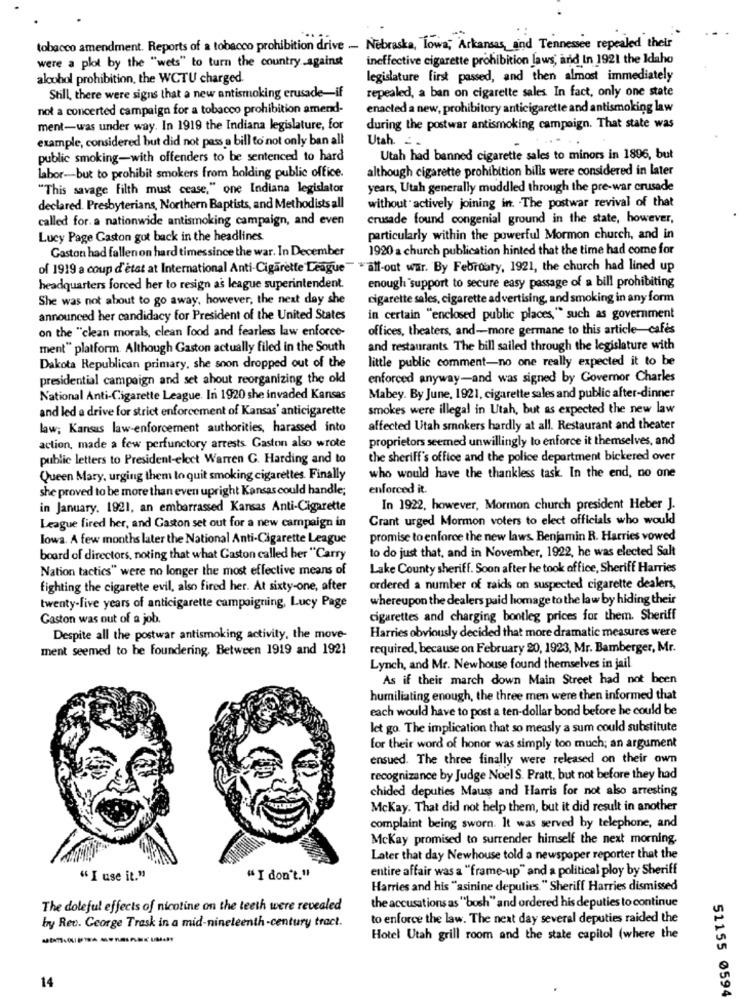
tobacco amendment. Reports of a tobacco prohibition drive - Nebraska, Towa; Arkansas, and Tennessee repealed their
ineffective cigarette prohibition laws, and In 1921 the Idaho
were a plot by the "wets" to turn the country against
alcohol prohibition, the WCTU charged.
legislature first passed, and then almost immediately
repealed, a ban on cigarette sales In fact, only one state
Still, there were signs that a new antismoking crusade-if
not a concerted campaign for a tobacco prohibition amend-
enacted a new, prohibitory anticigarette and antismoking law
ment-was under way. In 1919 the Indiana legislature, for
during the postwar antismoking campaign. That state was
example, considered but did not pass a bill to not only ban all
Utah. ..
public smoking-with offenders to be sentenced to hard
Utah had banned cigarette sales to minors in 1896, but
although cigarette prohibition bills were considered in later
labor-but to prohibit smokers from holding public office.
"This savage filth must cease," one Indiana legislator
years, Utah generally muddled through the pre-war crusade
without actively joining in. The postwar revival of that
declared. Presbyterians, Northern Baptists, and Methodists all
called for. a nationwide antismoking campaign, and even
crusade found congenial ground in the state, however,
Lucy Page Gaston got back in the headlines
particularly within the powerful Mormon church, and in
Gaston had fallen on hard times since the war. In December
1920 a church publication hinted that the time had come for
of 1919 a coup d'etat at International Anti-Cigarette League"
wall-out war. By February, 1921, the church had lined up
headquarters forced her to resign as league superintendent.
enough "support to secure easy passage of a bill prohibiting
She was not about to go away, however, the next day she
cigarette sales, cigarette advertising, and smoking in any form
announced her candidacy for President of the United States
in certain "enclosed public places, " such as government
on the "clean morals, clean food and fearless law enforce-
offices, theaters, and-more germane to this article-cafés
ment" platform. Although Gaston actually filed in the South
and restaurants The bill sailed through the legislature with
little public comment-no one really expected it to be
Dakota Republican primary, she soon dropped out of the
presidential campaign and set ahout reorganizing the old
enforced anyway-and was signed by Governor Charles
National Anti-Cigarette League. In 1920 she invaded Kansas
Mabey. By June, 1921, cigarette sales and public after-dinner
and led a drive for strict enforcement of Kansas' anticigarette
smokes were illegal in Utah, but as expected the new law
law; Kansus law enforcement authorities, harassed into
affected Utah smokers hardly at all. Restaurant and theater
proprietors seemed unwillingly to enforce it themselves, and
action, made a few perfunctory arrests. Gaston also wrote
public letters to President-elect Warren G. Harding and to
the sheriff's office and the police department bickered over
Queen Mary, urging them to quit smoking cigarettes. Finally
who would have the thankless task. In the end, no one
she proved to be more than even upright Kansas could handle;
enforced it.
in January. 1921, an embarrassed Kansas Anti-Cigarette
In 1922, however, Mormon church president Heber J.
Grant urged Mormon voters to elect officials who would
League fired her, and Gaston set out for a new campaign in
lowa. A few months later the National Anti-Cigarette League
promise to enforce the new laws. Benjamin R. Harries vowed
to do just that, and in November, 1922, he was elected Salt
board of directors, noting that what Caston called her "Carry
Nation tactics" were no longer the most effective means of
Lake County sheriff. Soon after he took office, Sheriff Harries
fighting the cigarette evil, also fired her. At sixty-one, after
ordered a number of raids on suspected cigarette dealers,
whereupon the dealers paid homage to the law by hiding their
twenty-five years of anticigarette campaigning, Lucy Page
Gaston was out of a job.
cigarettes and charging bootleg prices for them. Sheriff
Despite all the postwar antismoking activity, the move-
Harries obviously decided that more dramatic measures were
ment seemed to be foundering. Between 1919 and 1921
required, because on February 20, 1923, Mr. Bamberger, Mr.
Lynch, and Mr. Newhouse found themselves in jail.
As if their march down Main Street had not been
humiliating enough, the three men were then informed that
each would have to post a ten-dollar bond before he could be
let go. The implication that so measly a sum could substitute
for their word of honor was simply too much; an argument
ensued. The three finally were released on their own
recognizance by Judge Noel S. Pratt, but not before they had
chided deputies Mauss and Harris for not also arresting
Mckay. That did not help them, but it did result in another
complaint being sworn. It was served by telephone, and
Mckay promised to surrender himself the next morning.
Later that day Newhouse told a newspaper reporter that the
entire affair was a "frame-up" and a political ploy by Sheriff
" I use it."
" I don't."
Harries and his "asinine deputies." Sheriff Harries dismissed
The doleful effects of nicotine on the teeth were revealed
the accusations as ""bosh" and ordered his deputies to continue
by Rev. George Trask in a mid-nineteenth-century tract.
to enforce the law. The next day several deputies raided the
Hotel Utah grill room and the state capitol (where the
14
51155 0594